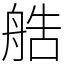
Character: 艁